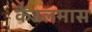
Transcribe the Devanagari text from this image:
कैंडलमास